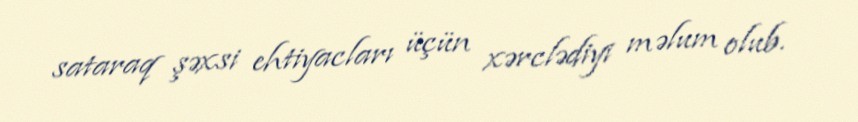
sataraq şəxsi ehtiyacları üçün xərclədiyi məlum olub.